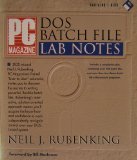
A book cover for PC Magazine DOS Batch File Lab Notes/Book and Disk; Neil Rubenking; Computers & Technology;